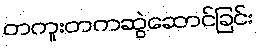
တကူးတကဆွဲဆောင်ခြင်း